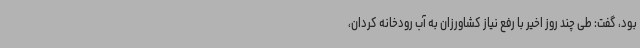
بود، گفت: طی چند روز اخیر با رفع نیاز کشاورزان به آب رودخانه کردان،